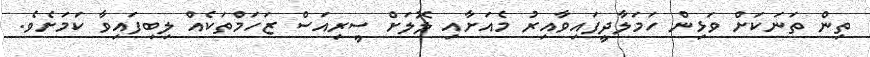
ތިން ތަނަކަށް ވަޅިން ހަމަލާދީފައިވާއިރު މެއަށާއި ލޮލަށް ސީރިއަސް ޒަހަމްތަކެއް ލިބިފައިވާ ކަމަށެވެ.